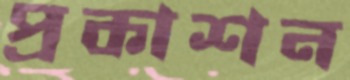
প্রকাশন